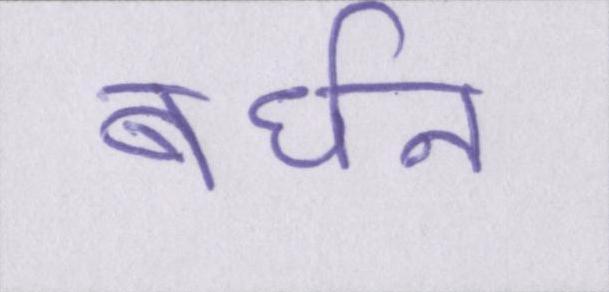
बर्धन